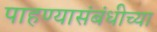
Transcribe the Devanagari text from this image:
पाहण्यासंबंधीच्या